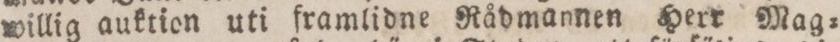
willig auktion uti framlidne Rådmannen Herr Mag=